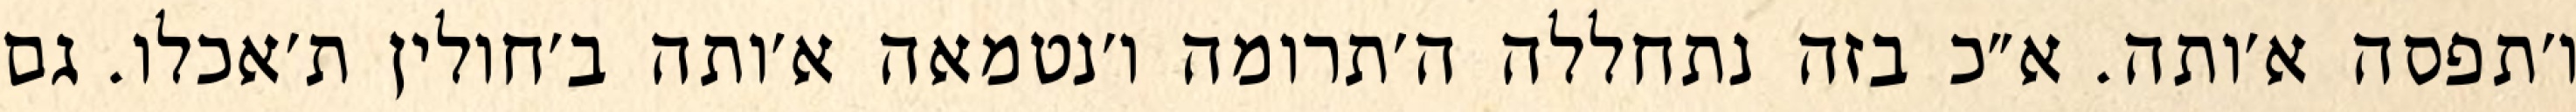
ו׳תפסה א׳ותה. א״כ בזה נתחללה ה׳תרומה ו׳נטמאה א׳ותה ב׳חולין ת׳אכלו. גם